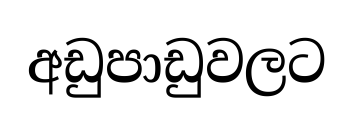
අඩුපාඩුවලට